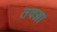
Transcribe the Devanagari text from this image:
तवज्जा